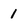
Character: 1